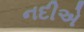
નદીએ